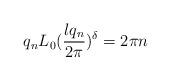
LaTeX: \begin{align*}q_nL_0(\frac{lq_n}{2\pi })^{\delta }=2\pi n\end{align*}